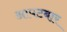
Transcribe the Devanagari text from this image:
आपटबार